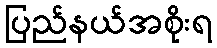
ပြည်နယ်အစိုးရ